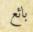
بائع